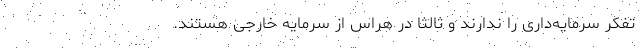
تفکر سرمایه‌داری را ندارند و ثالثا در هراس از سرمایه خارجی هستند.